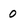
Character: 0